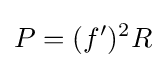
P=(f')^{2}R